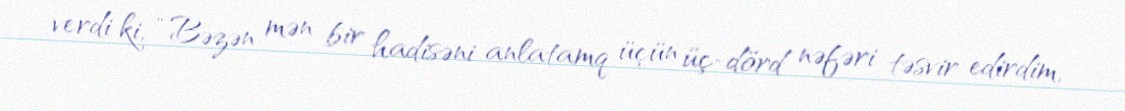
verdi ki, “Bəzən mən bir hadisəni anlatamq üçün üç-dörd nəfəri təsvir edirdim,